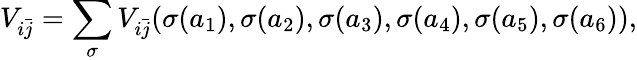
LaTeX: V_{i\bar{j}}=\sum_{\sigma}V_{i\bar{j}}(\sigma(a_{1}),\sigma(a_{2}),\sigma(a_{3}),\sigma(a_{4}),\sigma(a_{5}),\sigma(a_{6})),